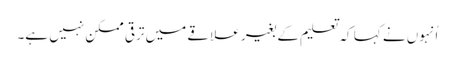
اُنہوں نے کہا کہ تعلیم کے بغیر علاقے میں ترقی ممکن نہیں ہے۔